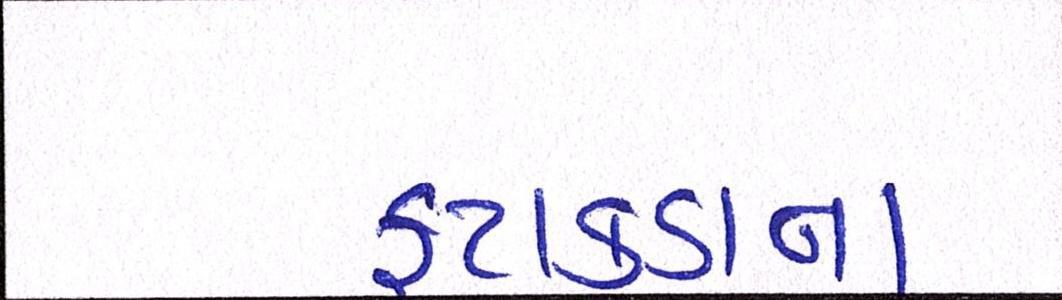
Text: ફટાકડાના